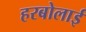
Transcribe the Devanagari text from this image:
हरबोलाई